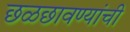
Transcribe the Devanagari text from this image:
छळछावण्यांची